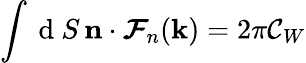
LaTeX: \int\mathrm{~d~}S\, \textbf{n}\cdot\boldsymbol{\mathcal{F}}_{n}(\textbf{k})=2\pi\mathcal{C}_{W}